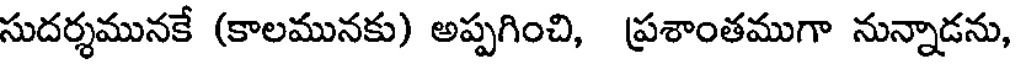
సుదర్శమునకే (కాలమునకు) అప్పగించి, ప్రశాంతముగా నున్నాడను,